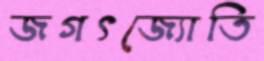
জগৎজ্যোতি